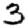
Digit: 3